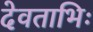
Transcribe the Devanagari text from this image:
देवताभिः